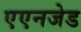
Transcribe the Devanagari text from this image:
एएनजेड